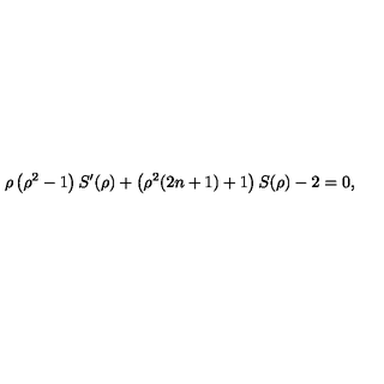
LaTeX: \rho \left( \rho ^ { 2 } - 1 \right) S ^ { \prime } ( \rho ) + \left( \rho ^ { 2 } ( 2 n + 1 ) + 1 \right) S ( \rho ) - 2 = 0 ,